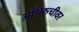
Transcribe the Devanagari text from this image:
अभिरुचीवर